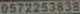
0572253838